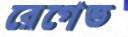
রেগেভ